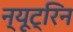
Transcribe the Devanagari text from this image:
न्यूट्रिन